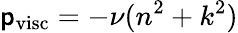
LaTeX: \mathsf{p}_{\mathrm{{visc}}}=-\nu(n^{2}+k^{2})